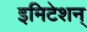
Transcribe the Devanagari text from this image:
इमिटेशन्